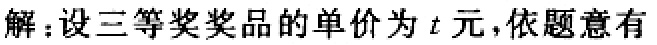
解：设三等奖奖品的单价为\(t\)元，依题意有